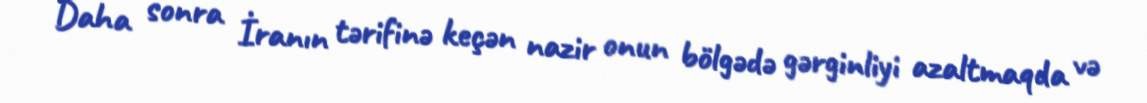
Daha sonra İranın tərifinə keçən nazir onun bölgədə gərginliyi azaltmaqda və